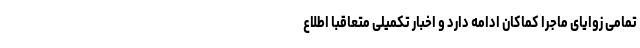
تمامی زوایای ماجرا کماکان ادامه دارد و اخبار تکمیلی متعاقبا اطلاع